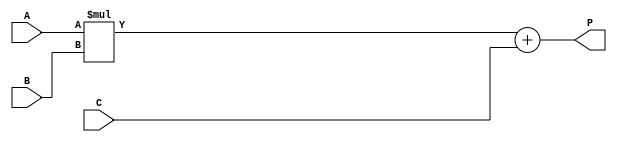
module mult_add#(
	parameter DATAWIDTN = 8
)
(
	input  [ DATAWIDTN - 1 : 0 ] A,
	input  [ DATAWIDTN - 1 : 0 ] B,
	input  [ DATAWIDTN - 1 : 0 ] C,
	output [ DATAWIDTN * 2  : 0 ] P
);

wire [ DATAWIDTN * 2  : 0 ] mult = A * B;
wire [ DATAWIDTN * 2  : 0 ] P_w = mult + C;
assign P = P_w;

endmodule